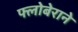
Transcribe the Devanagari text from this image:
फ्लोबेराने